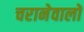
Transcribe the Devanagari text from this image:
चरानेवालों